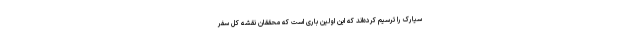
سیارک را ترسیم کرده‌اند که این اولین باری است که محققان نقشه کل سفر